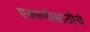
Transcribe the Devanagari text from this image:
एक्सपीसाठीचे